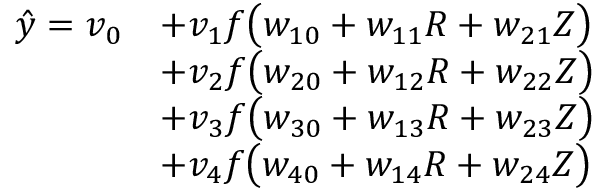
\begin{array} { r l } { \hat { y } = v _ { 0 } } & { + v _ { 1 } f \big ( w _ { 1 0 } + w _ { 1 1 } R + w _ { 2 1 } Z \big ) } \\ & { + v _ { 2 } f \big ( w _ { 2 0 } + w _ { 1 2 } R + w _ { 2 2 } Z \big ) } \\ & { + v _ { 3 } f \big ( w _ { 3 0 } + w _ { 1 3 } R + w _ { 2 3 } Z \big ) } \\ & { + v _ { 4 } f \big ( w _ { 4 0 } + w _ { 1 4 } R + w _ { 2 4 } Z \big ) } \end{array}